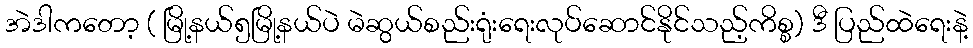
အဲဒါကတော့ ( မြို့နယ်၅မြို့နယ်ပဲ မဲဆွယ်စည်းရုံးရေးလုပ်ဆောင်နိုင်သည့်ကိစ္စ) ဒီ ပြည်ထဲရေးနဲ့